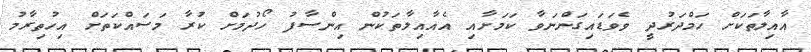
އާއިލާތަކަށް ހަމްދަރުދީ ވެވަޑައިގަންނަވާ ކަމަށާއި އެއާއިލާތަކުން އިންސާފު ހޯދުމަށް ކުރާ މަސައްކަތަށް އިހުތިރާމު